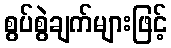
စွပ်စွဲချက်များဖြင့်